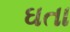
ઘતા